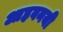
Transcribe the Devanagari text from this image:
आहवनयी